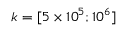
k = [ 5 \times 1 0 ^ { 5 } ; 1 0 ^ { 6 } ]